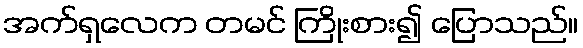
အက်ရှလေက တမင် ကြိုးစား၍ ပြောသည်။